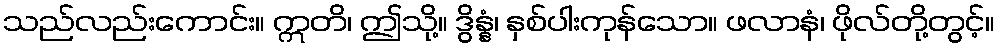
သည်လည်းကောင်း။ ဣတိ၊ ဤသို့။ ဒွိန္နံ၊ နှစ်ပါးကုန်သော။ ဖလာနံ၊ ဖိုလ်တို့တွင့်။